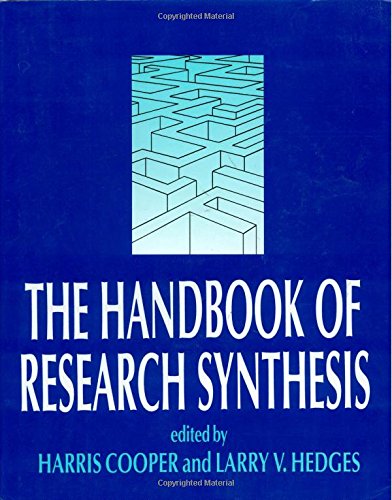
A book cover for Handbook of Research Synthesis, The; Science & Math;